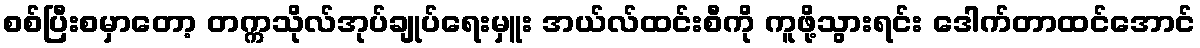
စစ်ပြီးစမှာတော့ တက္ကသိုလ်အုပ်ချုပ်ရေးမှူး အယ်လ်ထင်းစီကို ကူဖို့သွားရင်း ဒေါက်တာထင်အောင်